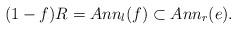
LaTeX: \begin{align*}(1-f)R=Ann_l(f)\subset Ann_r(e).\end{align*}